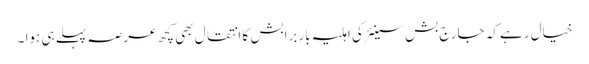
خیال رہے کہ جارج بش سینئر کی اہلیہ باربرا بش کا انتقال بھی کچھ عرصہ پہلے ہی ہوا ۔